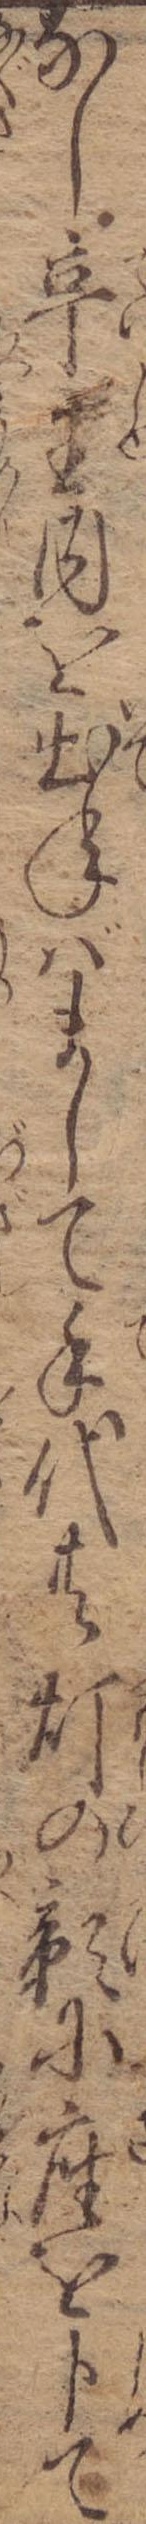
なし亭主内を出ねばまして手代共灯の影に座を卜て